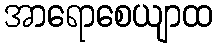
အာရောစေယျာထ